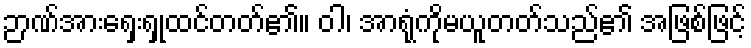
ဉာဏ်အားရှေးရှုထင်တတ်၏။ ဝါ၊ အာရုံကိုမယူတတ်သည်၏ အဖြစ်ဖြင့်